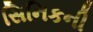
સિનિકની